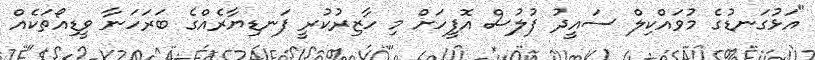
"އަޅުގަނޑުގެ މުވައްކިލް ސައީދު ފުލުސް އޮފީހަށް މި ހާޒިރުކުރީ ފަނޑިޔާރެއްގެ ބަރަހަނާ ވީޑިއޯތަކެއް